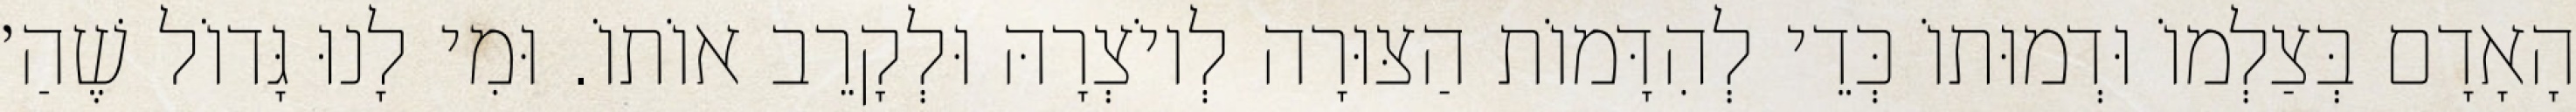
הָאָדָם בְּצַלְמוֹ וּדְמוּתוֹ כְּדֵי לְהִדָּמוֹת הַצּוּרָה לְיוֹצְרָהּ וּלְקָרֵב אוֹתוֹ. וּמִי לָנוּ גָּדוֹל שֶׁהַ׳